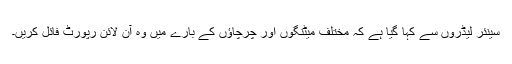
سینئر لیڈروں سے کہا گیا ہے کہ مختلف میٹنگوں اور چرچاﺅں کے بارے میں وہ آن لائن رپورٹ فائل کریں۔